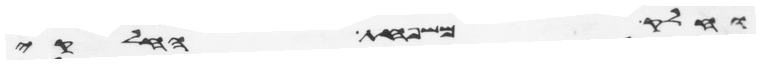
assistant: וחלק משפחת החלקי